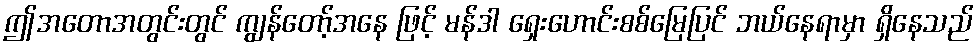
ဤအတောအတွင်းတွင် ကျွန်တော့်အနေ ဖြင့် မန်ဒါ ရှေးဟောင်းစစ်မြေပြင် ဘယ်နေရာမှာ ရှိနေသည်